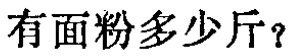
有面粉多少斤？